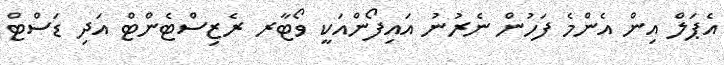
އެޕަލް އިން އެންމެ ފަހުން ނެރުނު އައިފޯންއަކީ ވޯޓާރ ރެޒިސްޓެންޓް އަދި ޑަސްޓް